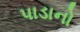
પાડાનો